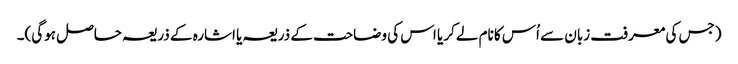
(جس کی معرفت زبان سے اُس کا نام لےکر یا اس کی وضاحت کے ذریعہ یا اشارہ کے ذریعہ حاصل ہوگی)۔